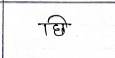
मजकूर: छि